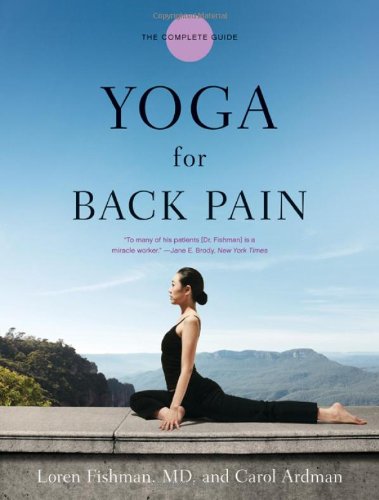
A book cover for Yoga for Back Pain; Loren Fishman; Health, Fitness & Dieting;